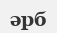
әрб